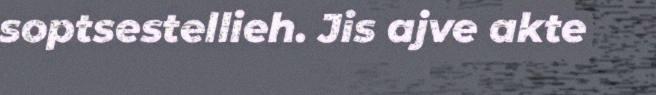
soptsestellieh. Jis ajve akte